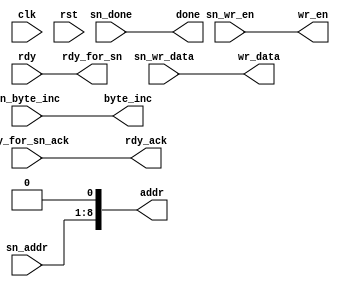
//Copyright 2020 Marco Merlini. This file is part of the fpga-bpf project,
//whose license information can be found at 
//https://github.com/UofT-HPRC/fpga-bpf/blob/master/LICENSE

`timescale 1ns / 1ps

/* 

This is the simplest adapter, I guess

 */

module sn_adapter # (
    parameter PACKMEM_ADDR_WIDTH = 8,
    parameter PACKMEM_DATA_WIDTH = 64,
    parameter INC_WIDTH = 8
)(
    input wire clk,
    input wire rst,
    
    //Interface to snooper
    input wire [PACKMEM_ADDR_WIDTH-1:0] sn_addr,
    input wire [PACKMEM_DATA_WIDTH-1:0] sn_wr_data,
    input wire sn_wr_en,
    input wire [INC_WIDTH-1:0] sn_byte_inc,
    input wire sn_done,
    input wire rdy_for_sn_ack,
    
    output wire rdy_for_sn,
    
    //Interface to P3 system
    output wire [PACKMEM_ADDR_WIDTH+1-1:0] addr,
    output wire wr_en,
    output wire [PACKMEM_DATA_WIDTH-1:0] wr_data,
    output wire [INC_WIDTH-1:0] byte_inc,
    output wire done,
    output wire rdy_ack,
    
    input wire rdy
);    
    /************************************/
    /**Forwawr-declare internal signals**/
    /************************************/
    
    //Interface to snooper
    wire [PACKMEM_ADDR_WIDTH-1:0] sn_addr_i;
    wire [PACKMEM_DATA_WIDTH-1:0] sn_wr_data_i;
    wire sn_wr_en_i;
    wire [INC_WIDTH-1:0] sn_byte_inc_i;
    wire sn_done_i;
    wire rdy_for_sn_ack_i;
    
    wire rdy_for_sn_i;
    
    //Interface to P3 system
    wire [PACKMEM_ADDR_WIDTH+1-1:0] addr_i;
    wire wr_en_i;
    wire [PACKMEM_DATA_WIDTH-1:0] wr_data_i;
    wire [INC_WIDTH-1:0] byte_inc_i;
    wire done_i;
    wire rdy_ack_i;
    
    wire rdy_i;
    
    /***************************************/
    /**Assign internal signals from inputs**/
    /***************************************/
    assign sn_addr_i         = sn_addr;
    assign sn_wr_data_i      = sn_wr_data;
    assign sn_wr_en_i        = sn_wr_en;
    assign sn_byte_inc_i     = sn_byte_inc;
    assign sn_done_i         = sn_done;
    assign rdy_for_sn_ack_i  = rdy_for_sn_ack;
    
    assign rdy_i       = rdy;
    
    /****************/
    /**Do the logic**/
    /****************/
    
    assign addr_i       = {sn_addr_i, 1'b0};
    assign wr_en_i      = sn_wr_en_i;
    assign wr_data_i    = sn_wr_data_i;
    assign byte_inc_i   = sn_byte_inc_i;
    assign done_i       = sn_done_i;
    assign rdy_ack_i    = rdy_for_sn_ack_i;

    assign rdy_for_sn_i     = rdy_i;
    
    /****************************************/
    /**Assign outputs from internal signals**/
    /****************************************/
    assign addr         = addr_i;
    assign wr_en        = wr_en_i;
    assign wr_data      = wr_data_i;
    assign byte_inc     = byte_inc_i;
    assign done         = done_i;
    assign rdy_ack      = rdy_ack_i;

    assign rdy_for_sn = rdy_for_sn_i;
    
endmodule